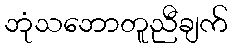
ဘုံသဘောတူညီချက်